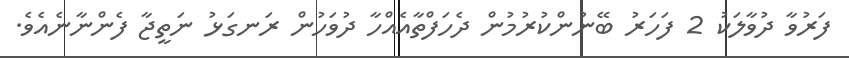
ފަރުވާ ދުވާލަކު 2 ފަހަރު ބޭނުންކުރުމުން ދެހަފްތާއެއްހާ ދުވަހުން ރަނގަޅު ނަތީޖާ ފެންނާނެއެވެ.